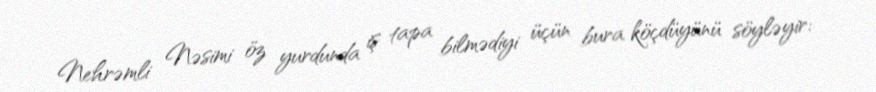
Nehrəmli Nəsimi öz yurdunda iş tapa bilmədiyi üçün bura köçdüyünü söyləyir: